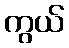
ကွယ်